Annual report on the Civil Veterinary Department, Burma (including the Insein Veterinary School) - 1923-1931
Year: 1923
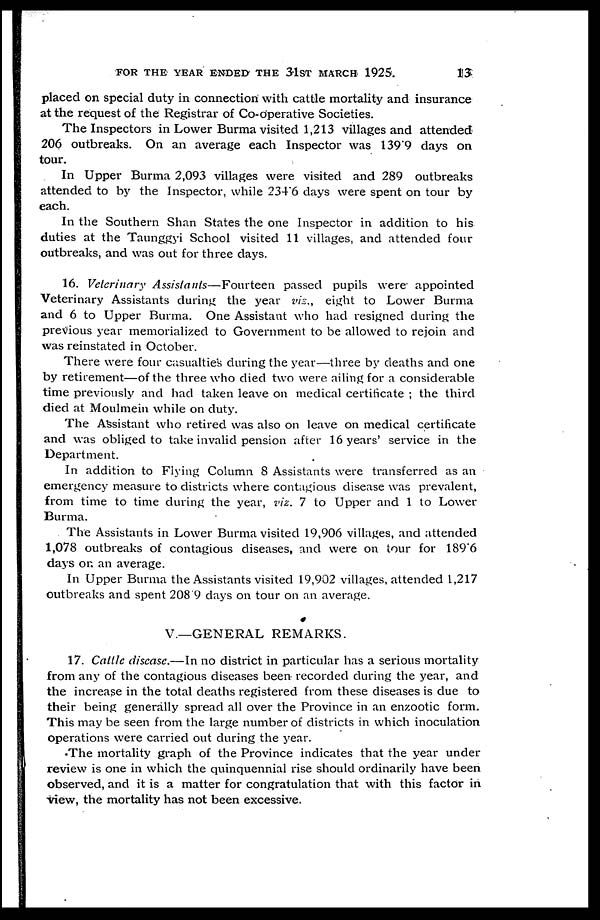
FOR THE YEAR ENDED THE 31ST MARCH 1925.
13
placed on special duty in connection with cattle mortality and insurance
at the request of the Registrar of Co-operative Societies.
The Inspectors in Lower Burma visited 1,213 villages and attended
206 outbreaks. On an average each Inspector was 139.9 days on
tour.
In Upper Burma 2,093 villages were visited and 289 outbreaks
attended to by the Inspector, while 234.6 days were spent on tour by
each.
In the Southern Shan States the one Inspector in addition to his
duties at the Taunggyi School visited 11 villages, and attended four
outbreaks, and was out for three days.
16. Veterinary Assistants—Fourteen passed pupils were appointed
Veterinary Assistants during the year viz., eight to Lower Burma
and 6 to Upper Burma. One Assistant who had resigned during the
previous year memorialized to Government to be allowed to rejoin and
was reinstated in October.
There were four casualties during the year—three by deaths and one
by retirement—of the three who died two were ailing for a considerable
time previously and had taken leave on medical certificate ; the third
died at Moulmein while on duty.
The Assistant who retired was also on leave on medical certificate
and was obliged to take invalid pension after 16 years' service in the
Department.
In addition to Flying Column 8 Assistants were transferred as an
emergency measure to districts where contagious disease was prevalent,
from time to time during the year, viz. 7 to Upper and 1 to Lower
Burma.
The Assistants in Lower Burma visited 19,906 villages, and attended
1,078 outbreaks of contagious diseases, and were on tour for 189.6
days on an average.
In Upper Burma the Assistants visited 19,902 villages, attended 1,217
outbreaks and spent 208.9 days on tour on an average.
V.—GENERAL REMARKS.
17. Cattle disease.—In no district in particular has a serious mortality
from any of the contagious diseases been recorded during the year, and
the increase in the total deaths registered from these diseases is due to
their being generally spread all over the Province in an enzootic form.
This may be seen from the large number of districts in which inoculation
operations were carried out during the year.
The mortality graph of the Province indicates that the year under
review is one in which the quinquennial rise should ordinarily have been
observed, and it is a matter for congratulation that with this factor in
view, the mortality has not been excessive.